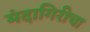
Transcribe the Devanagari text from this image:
मंदागिरीचा